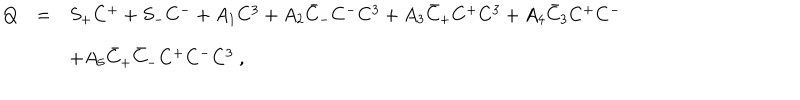
\begin{array} { r c l } { { Q } } & { { = } } & { { S _ { + } C ^ { + } + S _ { - } C ^ { - } + A _ { 1 } C ^ { 3 } + A _ { 2 } \bar { C } _ { - } C ^ { - } C ^ { 3 } + A _ { 3 } \bar { C } _ { + } C ^ { + } C ^ { 3 } + A _ { 4 } \bar { C } _ { 3 } C ^ { + } C ^ { - } } } \\ { { } } & { { } } & { { + A _ { 5 } \bar { C } _ { + } \bar { C } _ { - } C ^ { + } C ^ { - } C ^ { 3 } ~ , } } \\ \end{array}